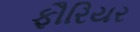
ફૌરિયર